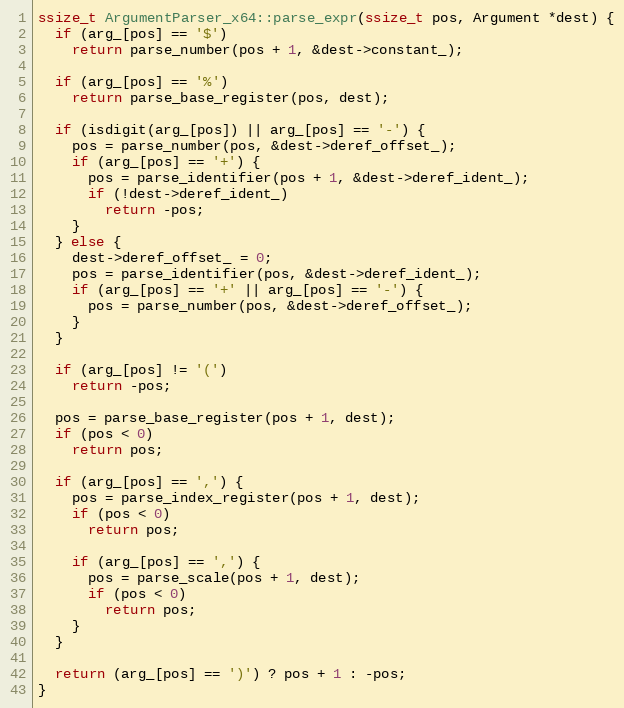
Language: C++
ssize_t ArgumentParser_x64::parse_expr(ssize_t pos, Argument *dest) {
  if (arg_[pos] == '$')
    return parse_number(pos + 1, &dest->constant_);

  if (arg_[pos] == '%')
    return parse_base_register(pos, dest);

  if (isdigit(arg_[pos]) || arg_[pos] == '-') {
    pos = parse_number(pos, &dest->deref_offset_);
    if (arg_[pos] == '+') {
      pos = parse_identifier(pos + 1, &dest->deref_ident_);
      if (!dest->deref_ident_)
        return -pos;
    }
  } else {
    dest->deref_offset_ = 0;
    pos = parse_identifier(pos, &dest->deref_ident_);
    if (arg_[pos] == '+' || arg_[pos] == '-') {
      pos = parse_number(pos, &dest->deref_offset_);
    }
  }

  if (arg_[pos] != '(')
    return -pos;

  pos = parse_base_register(pos + 1, dest);
  if (pos < 0)
    return pos;

  if (arg_[pos] == ',') {
    pos = parse_index_register(pos + 1, dest);
    if (pos < 0)
      return pos;

    if (arg_[pos] == ',') {
      pos = parse_scale(pos + 1, dest);
      if (pos < 0)
        return pos;
    }
  }

  return (arg_[pos] == ')') ? pos + 1 : -pos;
}